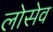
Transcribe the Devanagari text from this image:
लोसेव